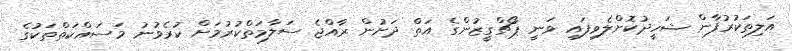
އަލިތަކުރުފާން ޝަހީދުކޮށްލެވިފައި ވަނީ ޕޯޗްގީޒުންގެ އަތް ދަށުން ރާއްޖެ ސަލާމަތްކުރުމަށް ކުރެވުނު މަސައްކަތްތަކުގެ